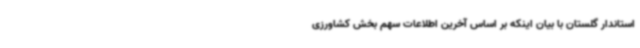
استاندار گلستان با بیان اینکه بر اساس آخرین اطلاعات سهم بخش کشاورزی